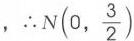
\(\therefore N(0,\frac{3}{2})\)